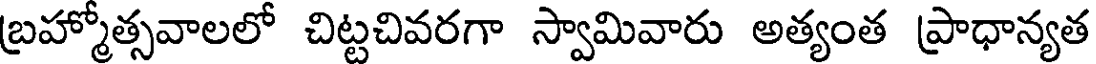
బ్రహ్మోత్సవాలలో చిట్టచివరగా స్వామివారు అత్యంత ప్రాధాన్యత